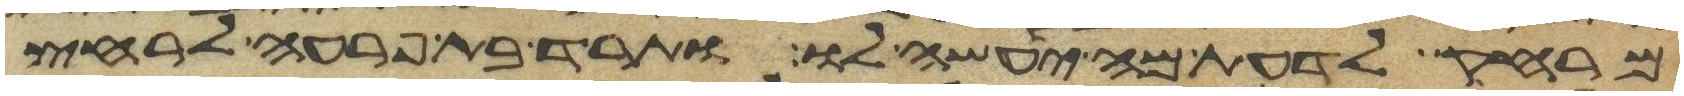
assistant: מרחק לדעת מה יעשה לו ותרד בת פרעה לרחץ